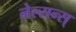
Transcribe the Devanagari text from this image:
नेल्सन्स्